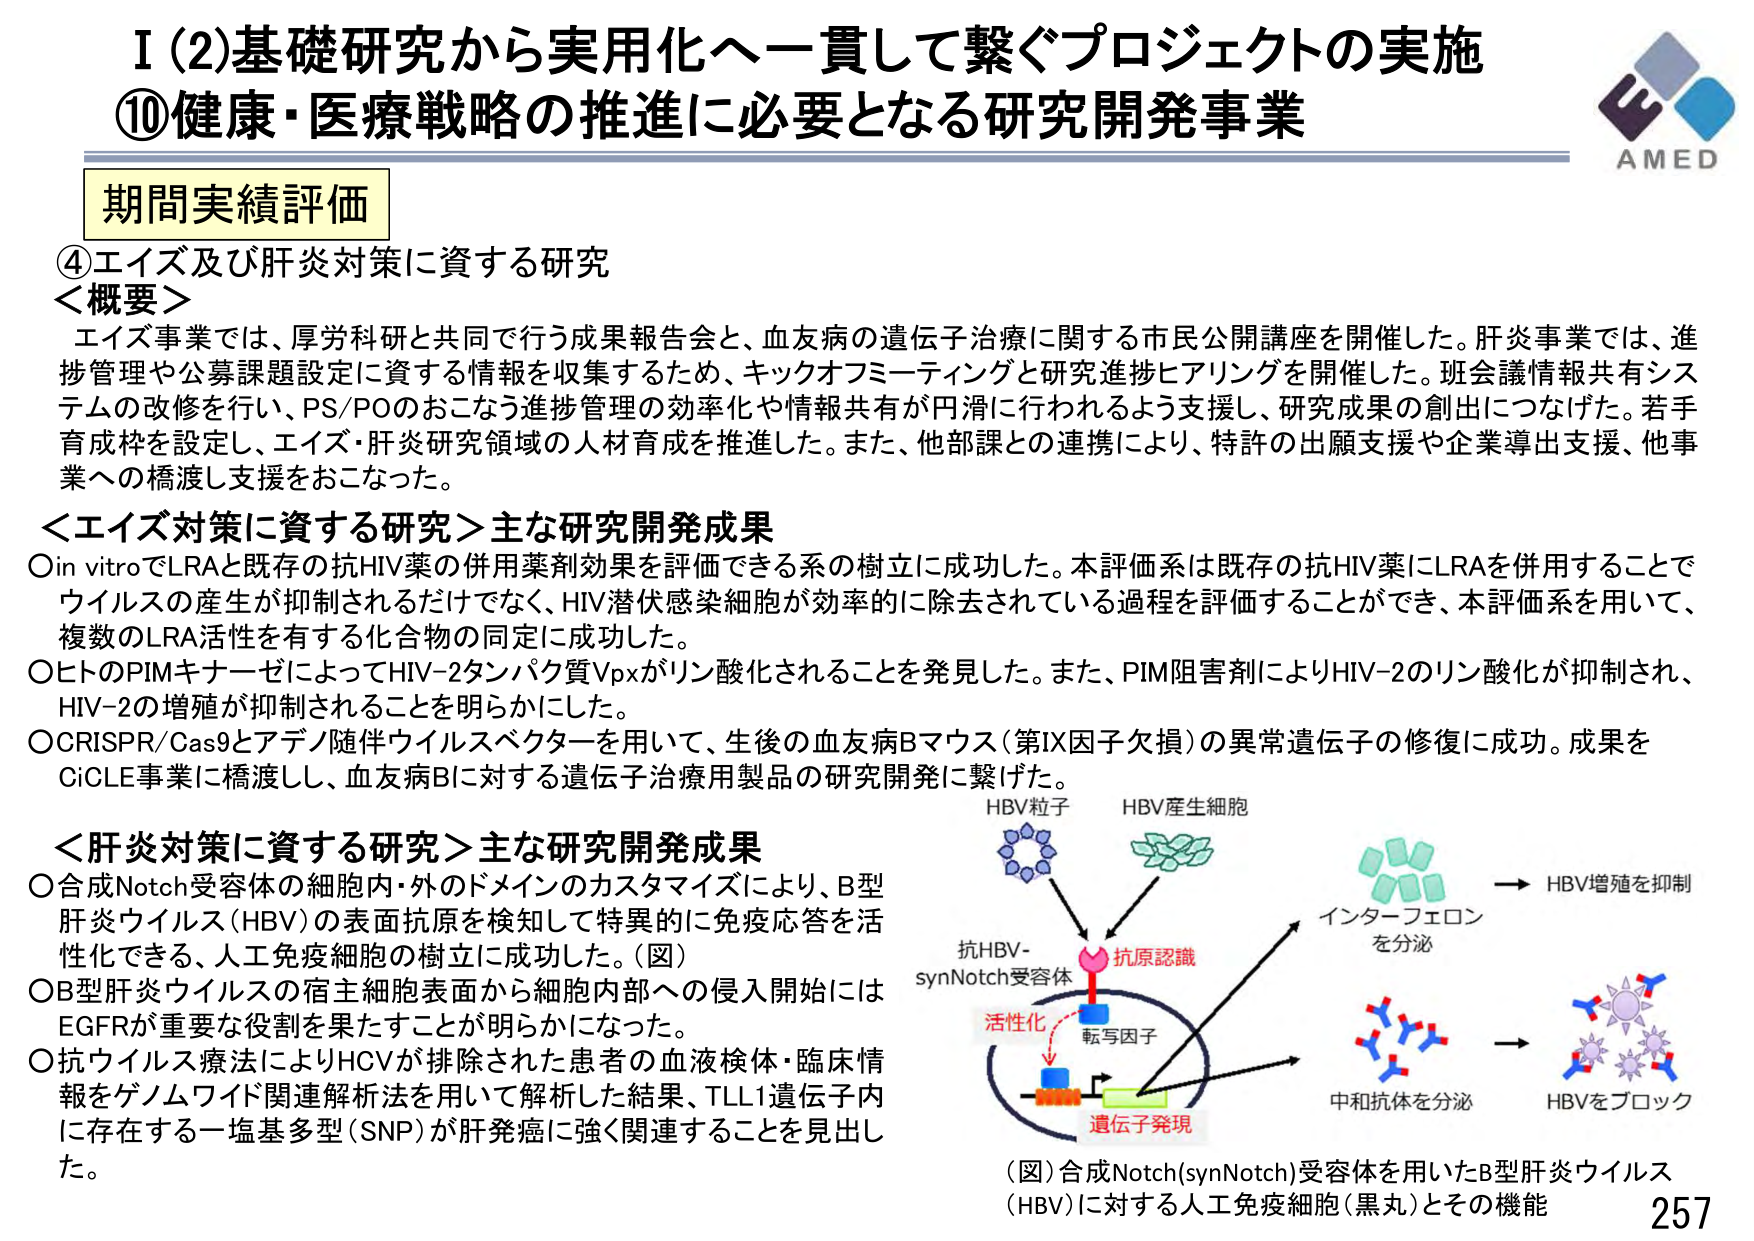
I (2) 基礎研究から実用化へ一貫して繋ぐプロジェクトの実施
⑩健康・医療戦略の推進に必要となる研究開発事業

期間実績評価

④エイズ及び肝炎対策に資する研究
＜概要＞
エイズ事業では、厚労科研と共同で行う成果報告会と、血友病の遺伝子治療に関する市民公開講座を開催した。肝炎事業では、進捗管理や公募課題設定に資する情報を収集するため、キックオフミーティングと研究進捗ヒアリングを開催した。班会議情報共有システムの改修を行い、PS/POのおこなう進捗管理の効率化や情報共有が円滑に行われるよう支援し、研究成果の創出につなげた。若手育成枠を設定し、エイズ・肝炎研究領域の人材育成を推進した。また、他部課との連携により、特許の出願支援や企業導出支援、他事業への橋渡し支援をおこなった。

＜エイズ対策に資する研究＞主な研究開発成果
○in vitroでLRAと既存の抗HIV薬の併用薬剤効果を評価できる系の樹立に成功した。本評価系は既存の抗HIV薬にLRAを併用することでウイルスの産生が抑制されるだけでなく、HIV潜伏感染細胞が効率的に除去されている過程を評価することができ、本評価系を用いて、複数のLRA活性を有する化合物の同定に成功した。
○ヒトのPIMキナーゼによってHIV-2タンパク質Vpxがリン酸化されることを発見した。また、PIM阻害剤によりHIV-2のリン酸化が抑制され、HIV-2の増殖が抑制されることを明らかにした。
○CRISPR/Cas9とアデノ随伴ウイルスベクターを用いて、生後の血友病Bマウス（第IX因子欠損）の異常遺伝子の修復に成功。成果をCiCLE事業に橋渡しし、血友病Bに対する遺伝子治療用製品の研究開発に繋げた。

＜肝炎対策に資する研究＞主な研究開発成果
○合成Notch受容体の細胞内・外のドメインのカスタマイズにより、B型肝炎ウイルス（HBV）の表面抗原を検知して特異的に免疫応答を活性化できる、人工免疫細胞の樹立に成功した。（図）
○B型肝炎ウイルスの宿主細胞表面から細胞内部への侵入開始にはEGFRが重要な役割を果たすことが明らかになった。
○抗ウイルス療法によりHCVが排除された患者の血液検体・臨床情報をゲノムワイド関連解析法を用いて解析した結果、TLL1遺伝子内に存在する一塩基多型（SNP）が肝発癌に強く関連することを見出した。

（図）合成Notch(synNotch)受容体を用いたB型肝炎ウイルス（HBV）に対する人工免疫細胞（黒丸）とその機能

HBV粒子
HBV産生細胞
抗HBV-synNotch受容体
抗原認識
活性化
転写因子
遺伝子発現
インターフェロンを分泌 → HBV増殖を抑制
中和抗体を分泌 → HBVをブロック

AMED
257